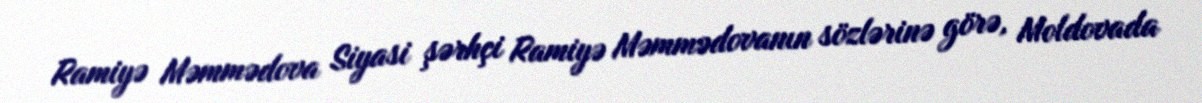
Ramiyə Məmmədova Siyasi şərhçi Ramiyə Məmmədovanın sözlərinə görə, Moldovada